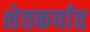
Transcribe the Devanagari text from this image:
शेतकर्यात